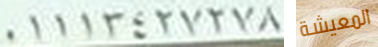
01113427278 المعيشة